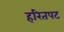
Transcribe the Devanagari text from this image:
हरितपट